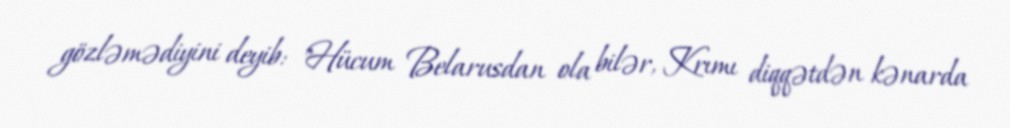
gözləmədiyini deyib: "Hücum Belarusdan ola bilər, Krımı diqqətdən kənarda